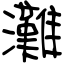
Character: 灘